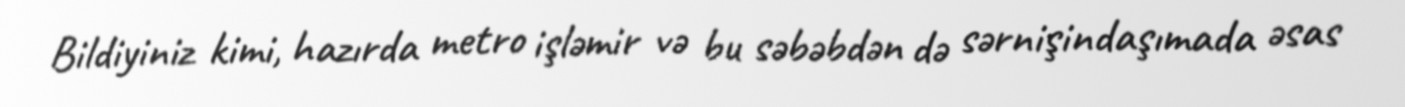
Bildiyiniz kimi, hazırda metro işləmir və bu səbəbdən də sərnişindaşımada əsas